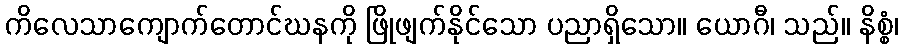
ကိလေသာကျောက်တောင်ဃနကို ဖြိုဖျက်နိုင်သော ပညာရှိသော။ ယောဂီ၊ သည်။ နိစ္စံ၊